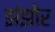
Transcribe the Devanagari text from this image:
झंझोर